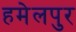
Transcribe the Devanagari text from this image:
हमेलपुर